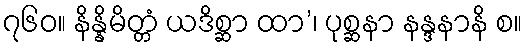
၇၆၀။ နိန္နိမိတ္တံ ယဒိစ္ဆာ ထာ’၊ ပုစ္ဆနာ နန္ဒနာနိ စ။